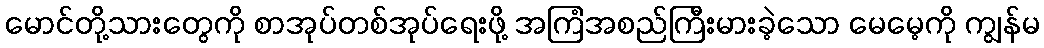
မောင်တို့သားတွေကို စာအုပ်တစ်အုပ်ရေးဖို့ အကြံအစည်ကြီးမားခဲ့သော မေမေ့ကို ကျွန်မ